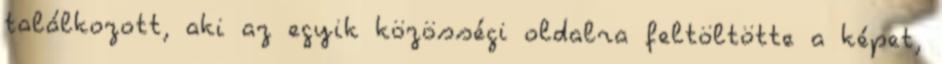
találkozott, aki az egyik közösségi oldalra feltöltötte a képet,